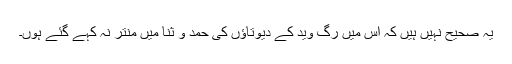
یہ صحیح نہیں ہیں کہ اس میں رگ وید کے دیوتاؤں کی حمد و ثنا میں منتر نہ کہے گئے ہوں۔